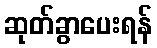
ဆုတ်ခွာပေးရန်